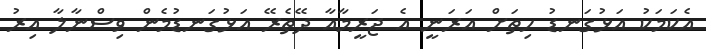
އެކަމަކު އަޅުގަނޑު ހިތަށް އަރަނީ އެ ޖަރީމާއާ ދޭތެރޭ އަޅުގަނޑުމެން ވިސްނާލާ އިރު